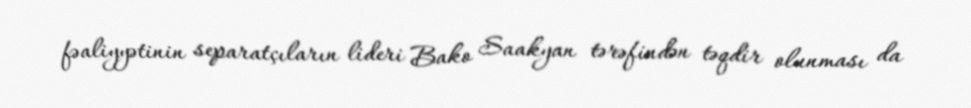
fəaliyyətinin separatçıların lideri Bako Saakyan tərəfindən təqdir olunması da